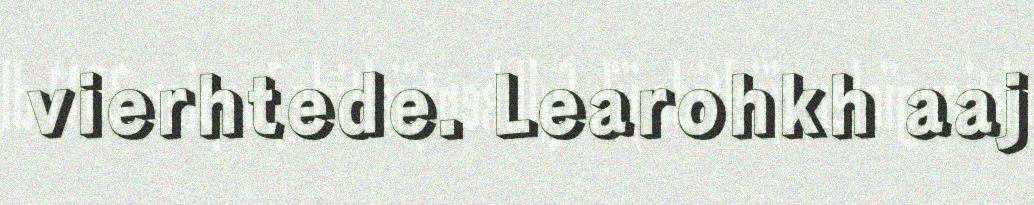
vierhtede. Learohkh aaj